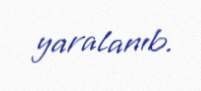
yaralanıb.